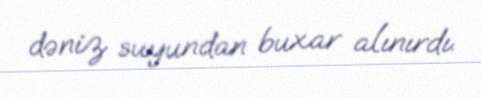
dəniz suyundan buxar alınırdı.